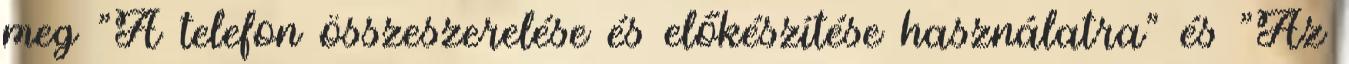
meg "A telefon összeszerelése és előkészítése használatra" és "Az